Dysentery and liver abscess in Bombay - Number 47
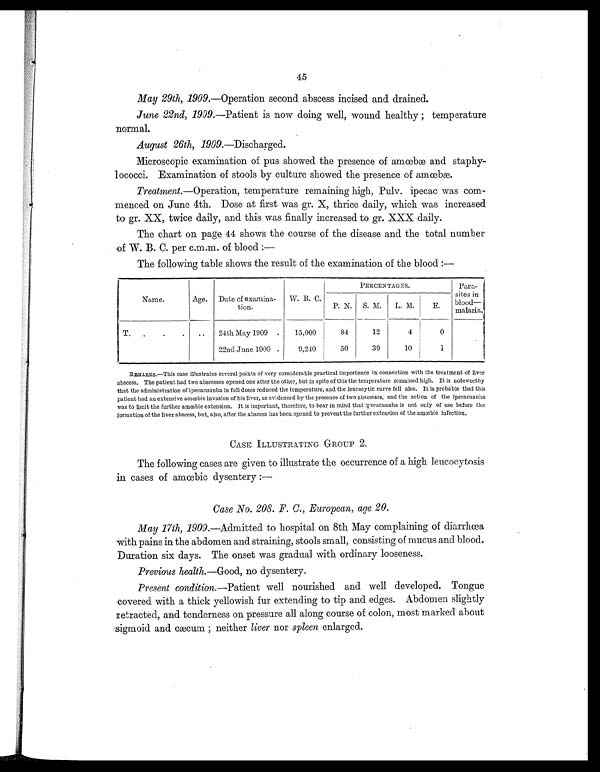
45
May 29th, 1909.—Operation second abscess incised and drained.
June 22nd, 1909. —Patient is now doing well, wound healthy ; temperature
normal.
August 26th, 1909.—Discharged.
Microscopic examination of pus showed the presence of amœbæ and staphy-
lococci. Examination of stools by culture showed the presence of amœbæ.
Treatment. —Operation, temperature remaining high, Pulv. ipecac was com-
menced on June 4th. Dose at first was gr. X, thrice daily, which was increased
to gr. XX, twice daily, and this was finally increased to gr. XXX daily.
The chart on page 44 shows the course of the disease and the total number
of W. B. C. per c.m.m. of blood :
—
The following table shows the result of the examination of the blood :—
Name.
Age. Date of examina-
tion.
W. B. C.
PERCENTAGES.
Para-
sites in
blood—
malaria.
P. N. S. M.
L. M.
E.
T.
.
.
.
..
24th May 1909 .
15,000
84
12
4
0
22nd June 1909 .
9,240
50
39
10
1
REMARKS.—This case illustrates several points of very considerable practical importance in connection with the treatment of liver
abscess. The patient had two abscesses opened one after the other, but in spite of this the temperature remained high. It is noteworthy
that the administration of ipecacuanha in full doses reduced the temperature, and the leucocytic curve fell also. It is probable that this
patient had an extensive amœbic invasion of his liver, as evidenced by the presence of two abscesses, and the action of the ipecacuanha
was to limit the further amœbic extension. It is important, therefore, to bear in mind that ipecacuanha is not only of use before the
formation of the liver abscess, but, also, after the abscess has been opened to prevent the further extension of the amœbic infection.
CASE ILLUSTRATING GROUP 2.
The following cases are given to illustrate the occurrence of a high leucocytosis
in cases of amœbic dysentery :
—
Case No. 208. F. C., European, age 20.
May 17th, 1909. —Admitted to hospital on 8th May complaining of diarrhœa
with pains in the abdomen and straining, stools small, consisting of mucus and blood.
Duration six days. The onset was gradual with ordinary looseness.
Previous health. —Good, no dysentery.
Present condition. —Patient well nourished and well developed. Tongue
covered with a thick yellowish fur extending to tip and edges. Abdomen slightly
retracted, and tenderness on pressure all along course of colon, most marked about
sigmoid and cæcum ; neither liver nor spleen enlarged.